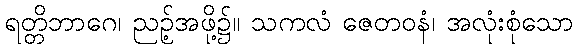
ရတ္တိဘာဂေ၊ ညဉ့်အဖို့၌။ သကလံ ဇေတဝနံ၊ အလုံးစုံသော